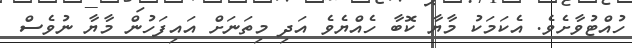
ހުއްޓުވާށެވެ. އެކަމަކު މާޔާ ކޮބާ ހެއްޔެވެ އަދި މިތަނަށް އައިފަހުން މާޔާ ނުވެސް